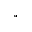
^ { \circ }